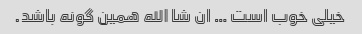
خیلی خوب است … ان شا الله همین گونه باشد.